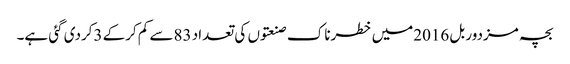
بچہ مزدور بل 2016میں خطرناک صنعتوں کی تعداد 83سے کم کرکے 3کردی گئی ہے۔